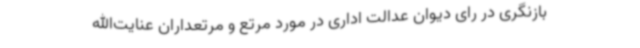
بازنگری در رای دیوان عدالت اداری در مورد مرتع و مرتعداران عنایت‌الله